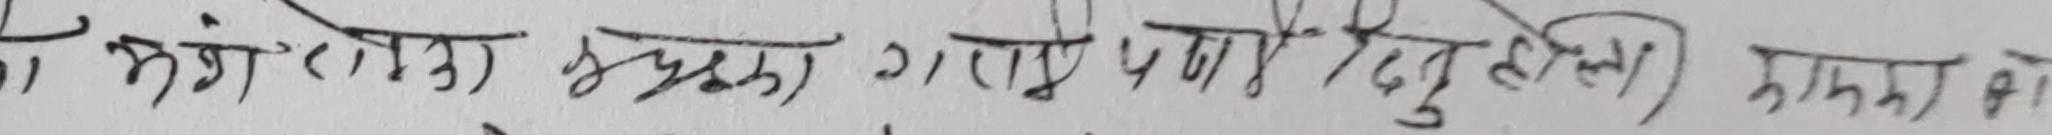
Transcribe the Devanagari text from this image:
हंगे (लागि) पृथक गा.पा.मा दुहुस्खो) नामका के